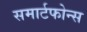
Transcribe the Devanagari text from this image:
समार्टफोन्स